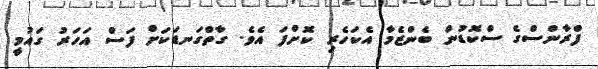
ފްރާންސްގެ ސްކޮޑުން ބެންޒެމާ އެކަހެރި ކޮށްފަ އެވެ. ގާތްގަނޑަކަށް ފަސް އަހަރު ގައުމީ